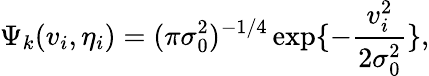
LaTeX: \Psi_{k}(v_{i},\eta_{i})=(\pi\sigma_{0}^{2})^{-1/4}\exp\{ -{\frac{v_{i}^{2}}{2\sigma_{0}^{2}}}\} ,